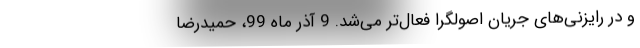
و در رایزنی‌های جریان اصولگرا فعال‌تر می‌شد. 9 آذر ماه 99، حمیدرضا